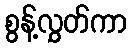
စွန့်လွှတ်ကာ